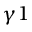
\gamma 1